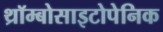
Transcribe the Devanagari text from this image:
थ्रॉम्बोसाइटोपेनिक